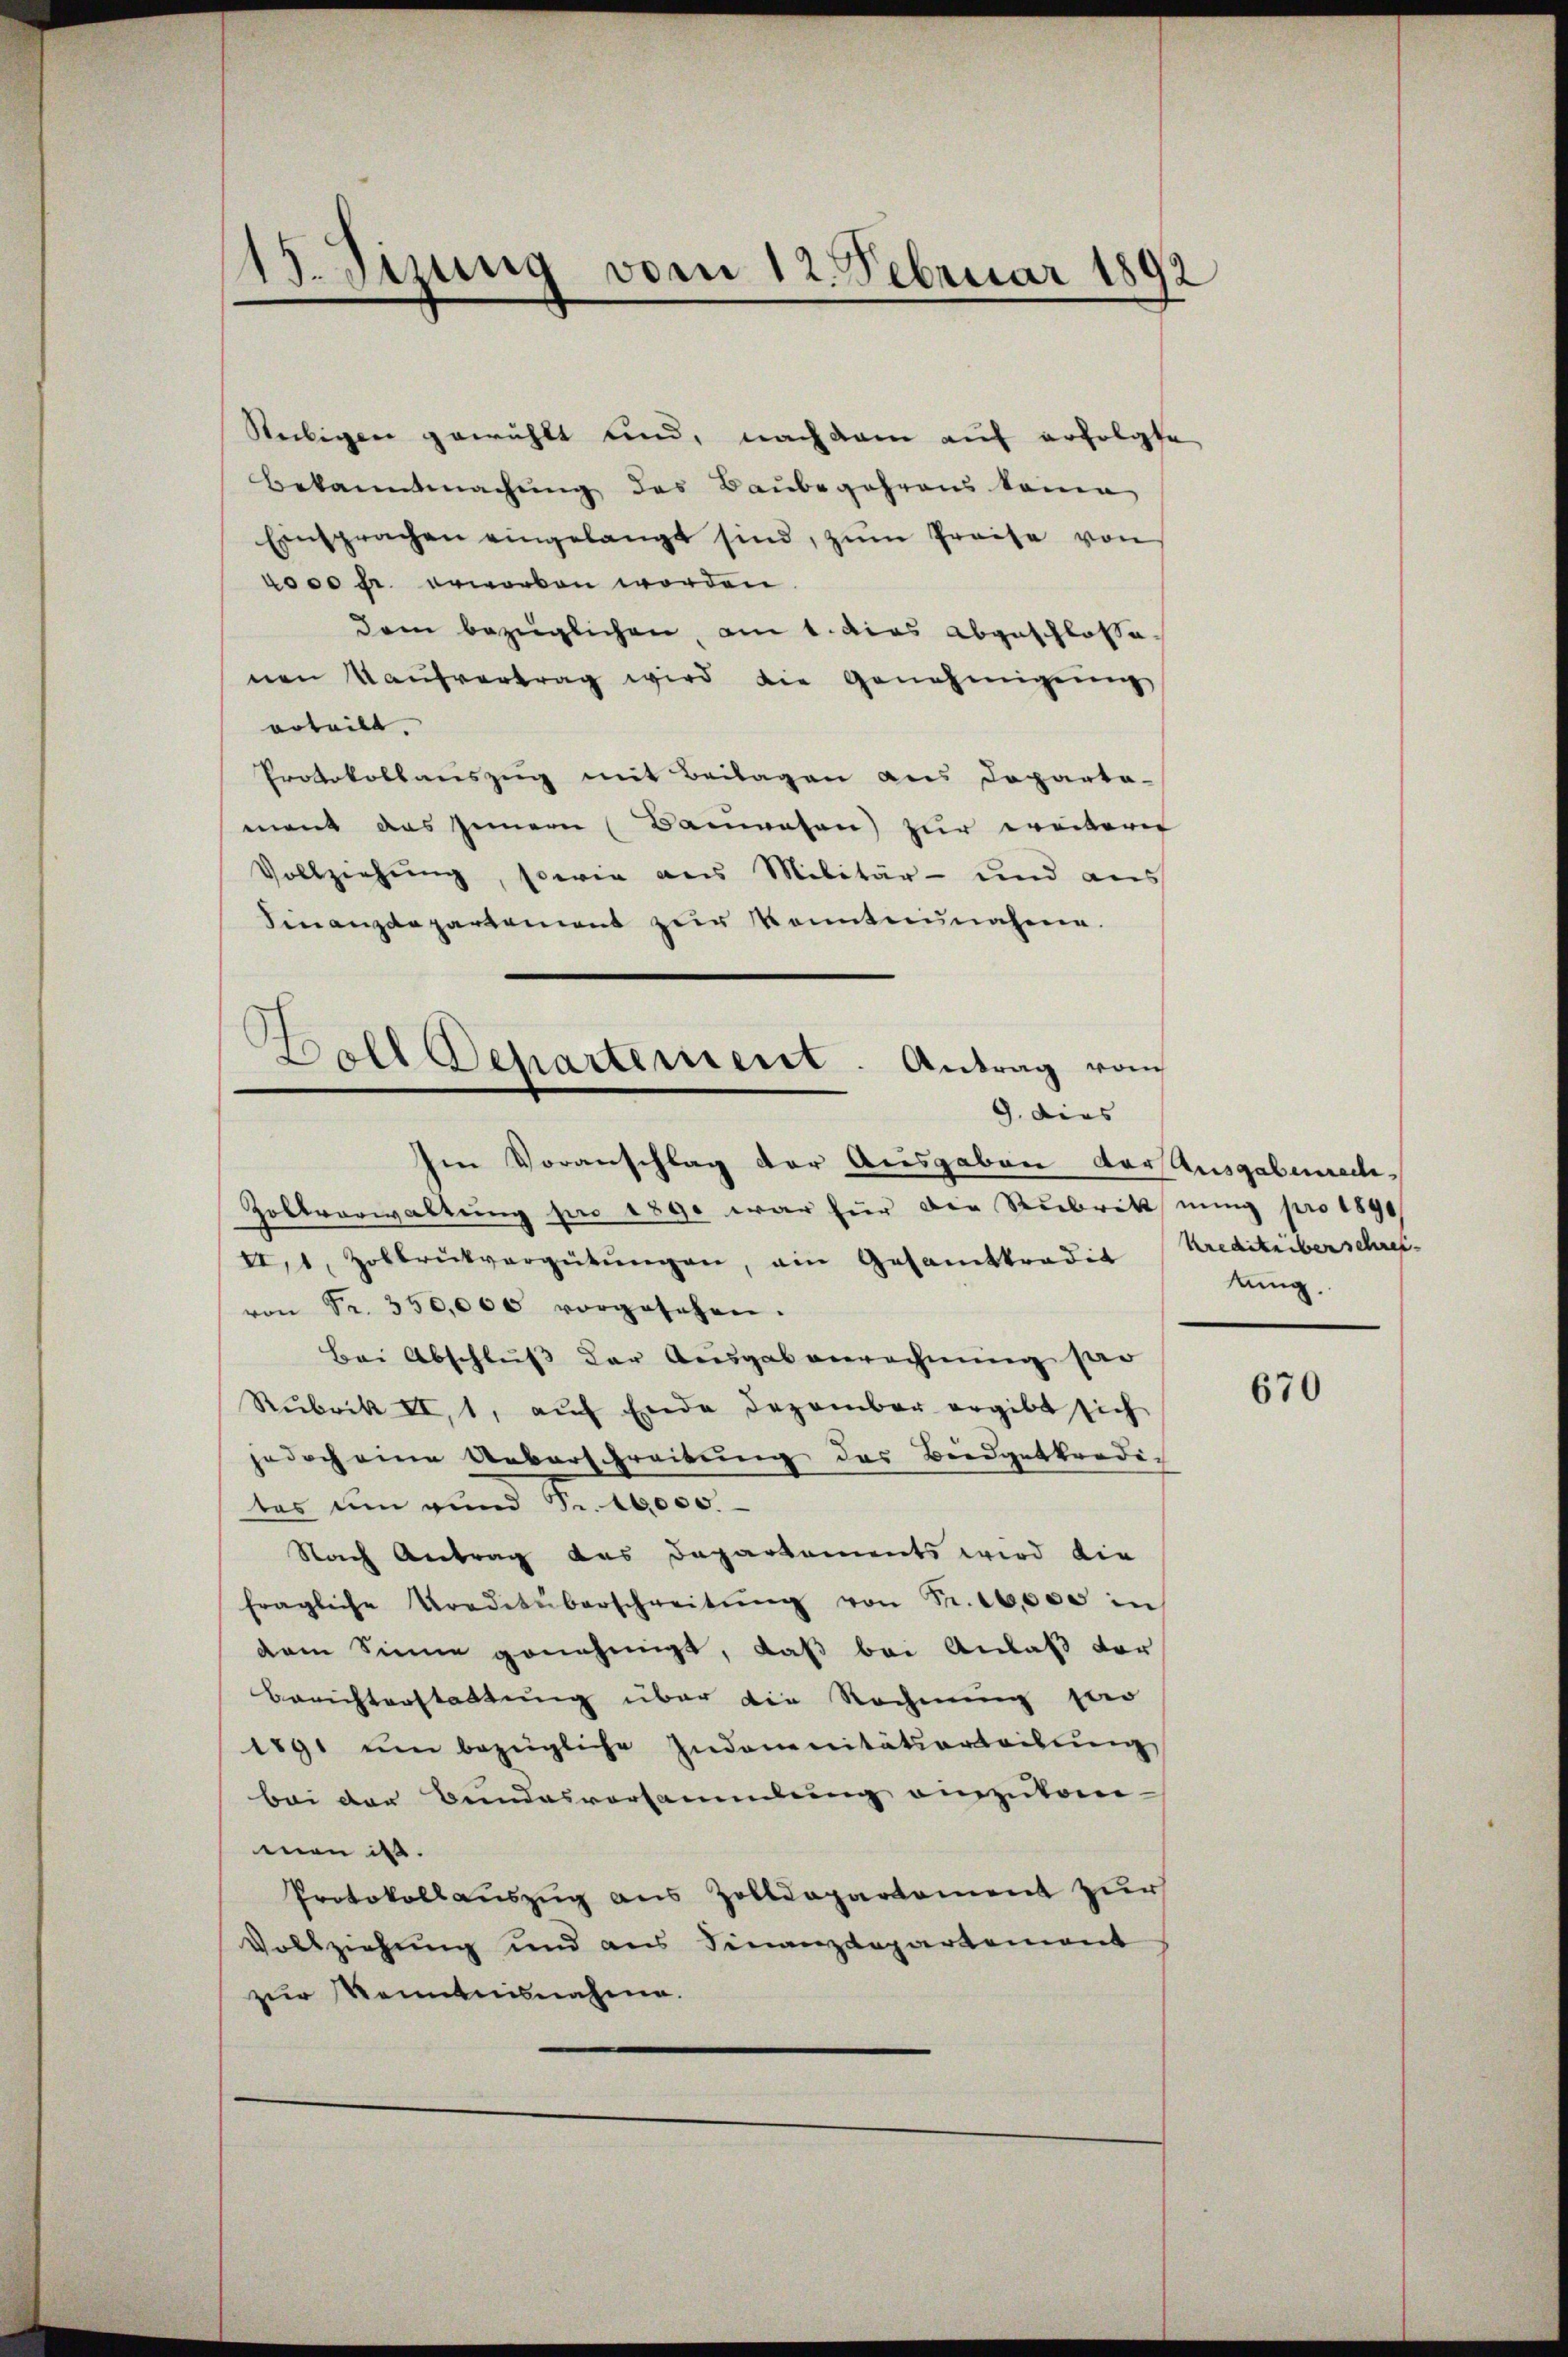
15. Sizung vom 12. Februar 1892

Seckigen gewählt und, nachdem auf erfolgte
Bekanntmachung des Baubegehrens kame
Einsprachen eingelangt sind, zŭm Preise von
4000 fr. erworben worden.
dem bezüglichen, am 1. dies abgeschlosse
nen Kaŭfvertrag wird die Genehmigŭng
erteilt.
Protokollauszug mit Beilagen aus Departa-
ment das Innern (Bauwesen) zur weitere
Vollziehŭng, sowie aus Militär- und aus
Finanzdepartement zur Kenntnunahme.
Im Voranschlag der Ausgaben vor Ausgabenei¬
Zollverwaltung pro 1890 war für die Rubritt nung pro 1890
II, 1, Zolbrückvergütŭngen, ein Gesamttradia (Kreditüberschreivon Fr. 350,000 vorgesehen.
Bei Abschluss der Ausgabenrechnung her
Rubrik II, 1, auf Ende Dezember ergibt sich
jedoch eine Ueberschreitung des Biedgetkredic
tas um und Fr. 10000.
Nach Antrag das Departements wird die
fragliche Uredetüberschreitŭng von Fr. 10,000 in
dem Sinne genehmigt, daß bei Anlaß der
Berichterstattung über die Rechnung ster
1591 um bezügliche Indomanitätsarteibung
bei der Bundesvorsammlung einzuto-
men ist.
Protokollauszug aus Zolldepartement zur
Vollziehung und aus Finanzdepartement
zur Kenntnisnahme.

Bell Separtement. Antrag vom
9. dies

tung.

670